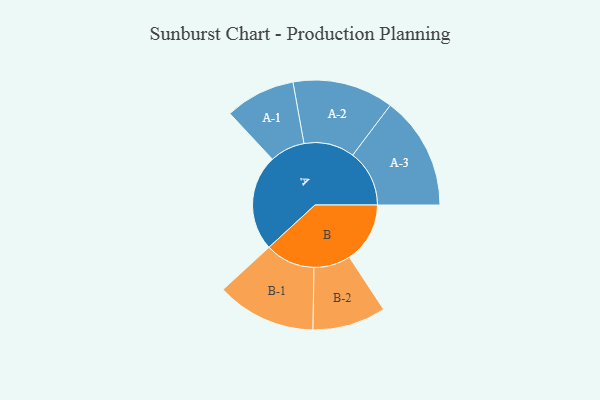
{"axis": {"x": "Segment", "y": "Value"}, "legend": ["", "A", "B"], "data": [{"x": "A", "y": 484, "type": ""}, {"x": "B", "y": 306, "type": ""}, {"x": "A-1", "y": 177, "type": "A"}, {"x": "A-2", "y": 255, "type": "A"}, {"x": "A-3", "y": 286, "type": "A"}, {"x": "B-1", "y": 251, "type": "B"}, {"x": "B-2", "y": 185, "type": "B"}]}